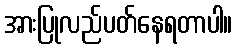
အားပြုလည်ပတ်နေရတာပါ။